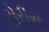
ટોરીસ